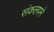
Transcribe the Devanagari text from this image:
संकलपने